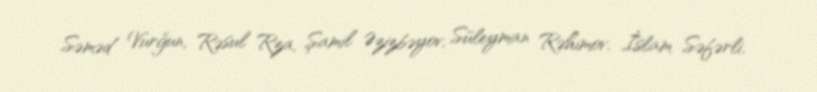
Səməd Vurğun, Rəsul Rza, Şamil Əzizbəyov, Süleyman Rəhimov, İslam Səfərli,